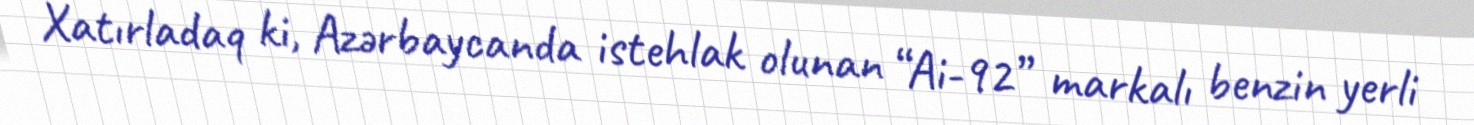
Xatırladaq ki, Azərbaycanda istehlak olunan “Ai-92” markalı benzin yerli